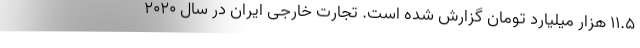
۱۱.۵ هزار میلیارد تومان گزارش شده است. تجارت‌ خارجی ایران در سال ۲۰۲۰